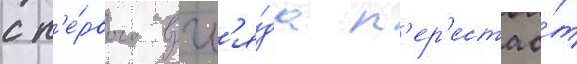
с п'е́рвого взгл'я́да п'ер'естао́т